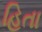
હિતા